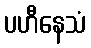
ပဟီနေသံ